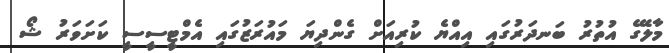
މާލޭގެ އުތުރު ބަނދަރުގައި އިއްޔެ ކުރިއަށް ގެންދިޔަ މައުރަޒުގައި އެމްޓީސީސީ ކަށަވަރު ޝޯ